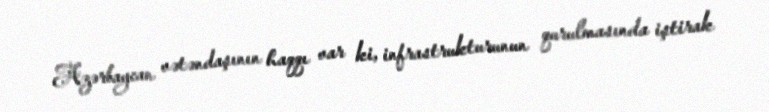
Azərbaycan vətəndaşının haqqı var ki, infrastrukturunun qurulmasında iştirak